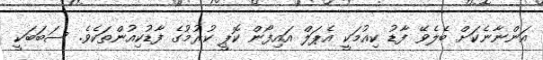
އަންނާނެކަށް ބެލެވޭ ފާޑު ކިއުމަކީ އެޕަލް އައިފޯން ކޮޕީ ކުރުމުގެ ފާޑުކިއުންތަކެވެ. ސަބަބަކީ